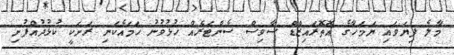
މާލެ ފިޔަވައި ޔަމަހާގެ އޮތޮރައިޒްޑް ސާވިސް ސެންޓަރެއް ހުޅުވުނު ހަމައެކަނި ރަށަކީ ކުޅުދުއްފުށި